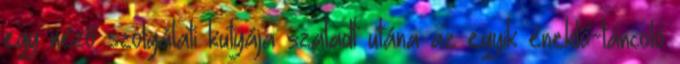
egy néző szolgálati kutyája szaladt utána az egyik éneklő-táncoló